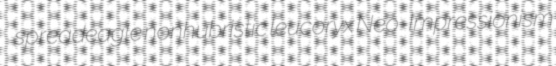
spreadeagle nonhubristic leucoryx Neo-Impressionism